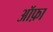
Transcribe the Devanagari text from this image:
ऑफ़ा